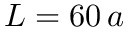
L = 6 0 \, a